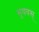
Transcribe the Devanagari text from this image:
सुयवस्